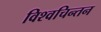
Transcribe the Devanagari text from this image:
विश्वचिन्तन